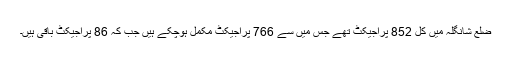
ضلع شانگلہ میں کل 852 پراجیکٹ تھے جس میں سے 766 پراجیکٹ مکمل ہوچکے ہیں جب کہ 86 پراجیکٹ باقی ہیں۔